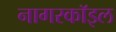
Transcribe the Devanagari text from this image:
नागरकॉइल